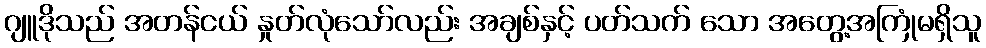
ဂျူဒိုသည် အတန်ငယ် နှုတ်လုံသော်လည်း အချစ်နှင့် ပတ်သက် သော အတွေ့အကြုံမရှိသူ